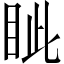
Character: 眦